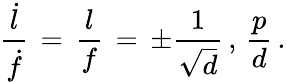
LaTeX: {\frac{\dot{l}}{\dot{f}}}\, =\, {\frac{l}{f}}\, =\, \pm{\frac{1}{\sqrt{d}}}\, ,\, {\frac{p}{d}}\, .